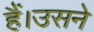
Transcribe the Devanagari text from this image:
हैं।उसने